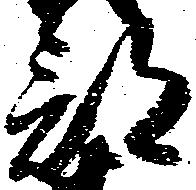
部